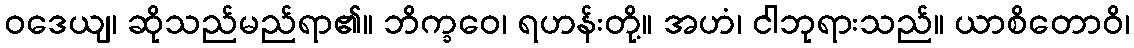
ဝဒေယျ၊ ဆိုသည်မည်ရာ၏။ ဘိက္ခဝေ၊ ရဟန်းတို့။ အဟံ၊ ငါဘုရားသည်။ ယာစိတောဝိ၊